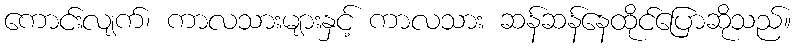
ကောင်းလျက်၊ ကာလသားများနှင့် ကာလသား ဆန်ဆန်နေထိုင်ပြောဆိုသည်။